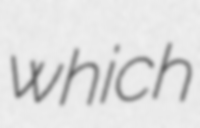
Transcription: which